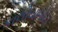
કાલીયાગોટા